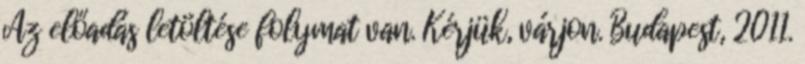
Az előadás letöltése folymat van. Kérjük, várjon. Budapest, 2011.